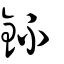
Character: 鈈